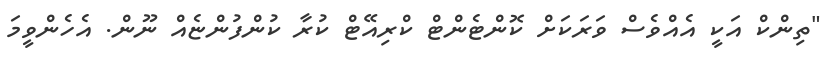
"ތިންކް އަކީ އެއްވެސް ވަރަކަށް ކޮންޓެންޓް ކްރިއޭޓް ކުރާ ކުންފުންޏެއް ނޫން. އެހެންވީމަ